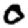
Digit: 0